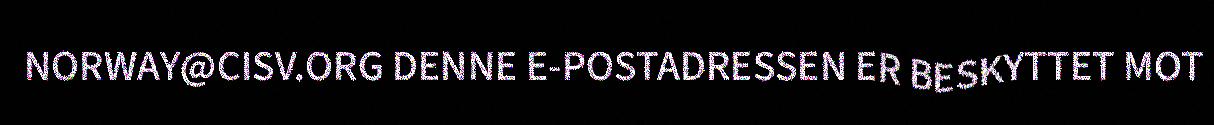
NORWAY@CISV.ORG DENNE E-POSTADRESSEN ER BESKYTTET MOT